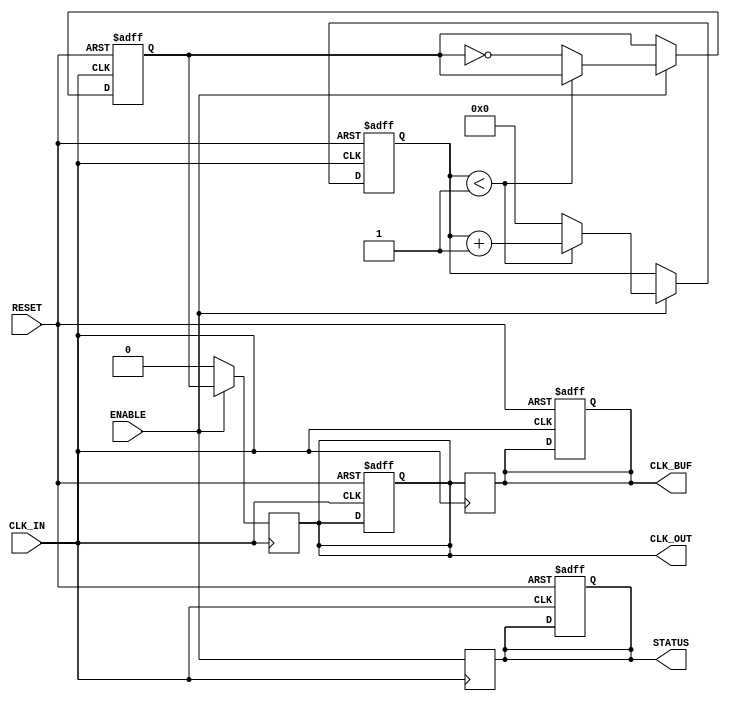
module ClockDividerBuffer #(
    parameter N = 4  // Division factor (can be set during instantiation)
)(
    input wire CLK_IN,      // High-frequency input clock
    input wire RESET,       // Reset signal
    input wire ENABLE,      // Enable signal for the output clock
    output reg CLK_OUT,     // Divided and buffered output clock
    output reg CLK_BUF,     // Buffered output clock (if needed)
    output reg STATUS       // Operational status signal
);

    reg [31:0] counter;      // Counter to keep track of clock cycles
    reg clk_out_internal;    // Internal divided clock signal

    // Internal clock divider logic
    always @(posedge CLK_IN or posedge RESET) begin
        if (RESET) begin
            counter <= 0;
            clk_out_internal <= 0;
            CLK_OUT <= 0;
            CLK_BUF <= 0;
            STATUS <= 0; // Reset operational status
        end else if (ENABLE) begin
            // Increment counter on each rising edge of the input clock
            if (counter < (N/2 - 1)) begin
                counter <= counter + 1;
            end else begin
                counter <= 0;

                // Toggle the internal clock output
                clk_out_internal <= ~clk_out_internal;
            end
        end
    end

    // Output the divided clock signal
    always @(posedge CLK_IN) begin
        CLK_OUT <= (ENABLE) ? clk_out_internal : 0;
        CLK_BUF <= CLK_OUT; // Buffer the output clock (can be further processed)
        STATUS <= ENABLE; // Set status based on enable signal
    end

endmodule